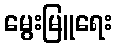
မွေးမြူရေး